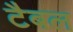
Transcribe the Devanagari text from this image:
टैबल